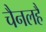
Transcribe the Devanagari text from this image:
चैनलहै